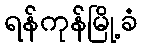
ရန်ကုန်မြို့ခံ